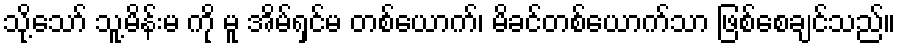
သို့သော် သူ့မိန်းမ ကို မူ အိမ်ရှင်မ တစ်ယောက်၊ မိခင်တစ်ယောက်သာ ဖြစ်စေချင်သည်။